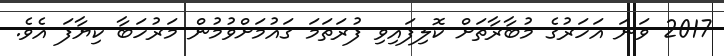
2017 ވަނަ އަހަރުގެ މުބާރާތަށް ކޮލިފައިވި ފުރަތަމަ ގައުމަށްވުމުން މަރުހަބާ ކިޔާފަ އެވެ.